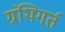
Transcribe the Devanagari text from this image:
ग्रंथिगर्त